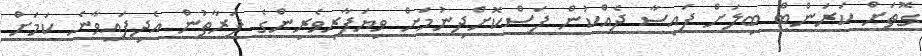
ގޮތަށް ކަރަންޓް ބިލަށް ފައިސާ ދެއްކުން ފަސްކޮށްދިނުމަށް ވިޔަފާރިވެރިންގެ ފަރާތުން އެދިފައިވާނެ ކަމަށް